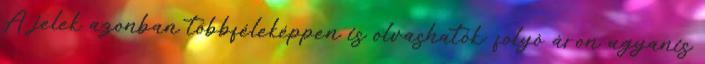
A jelek azonban többféleképpen is olvashatók: folyó áron ugyanis